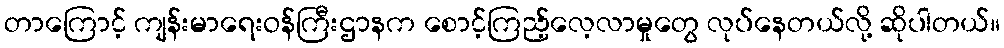
တာကြောင့် ကျန်းမာရေးဝန်ကြီးဌာနက စောင့်ကြည့်လေ့လာမှုတွေ လုပ်နေတယ်လို့ ဆိုပါတယ်။